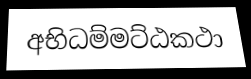
අභිධම්මට්ඨකථා